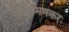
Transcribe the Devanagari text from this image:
आक्रमणकर